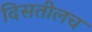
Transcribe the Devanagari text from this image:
दिसतीलच